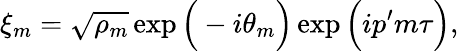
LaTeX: \xi_{m}=\sqrt{\rho_{m}}\exp\Big(-i\theta_{m}\Big)\exp\Big(ip^{\prime}m\tau\Big),